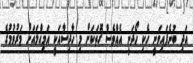
އަދި ބުނެފައިވަނީ ހެކި ހޯދަނީ އެއްވެސް ގޮތަކަށް މި ހާދިސާއަކީ އަމިއްލައަށް މަރުވުމުގެ